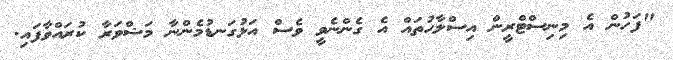
"ފަހުން އެ މިނިސްޓްރީން އިސްލާހުތައް އެ ގެންނެވީ ވެސް އަޅުގަނޑުމެންނާ މަޝްވަރާ ކުރައްވާފައި.